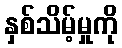
နှစ်သိမ့်မှုကို